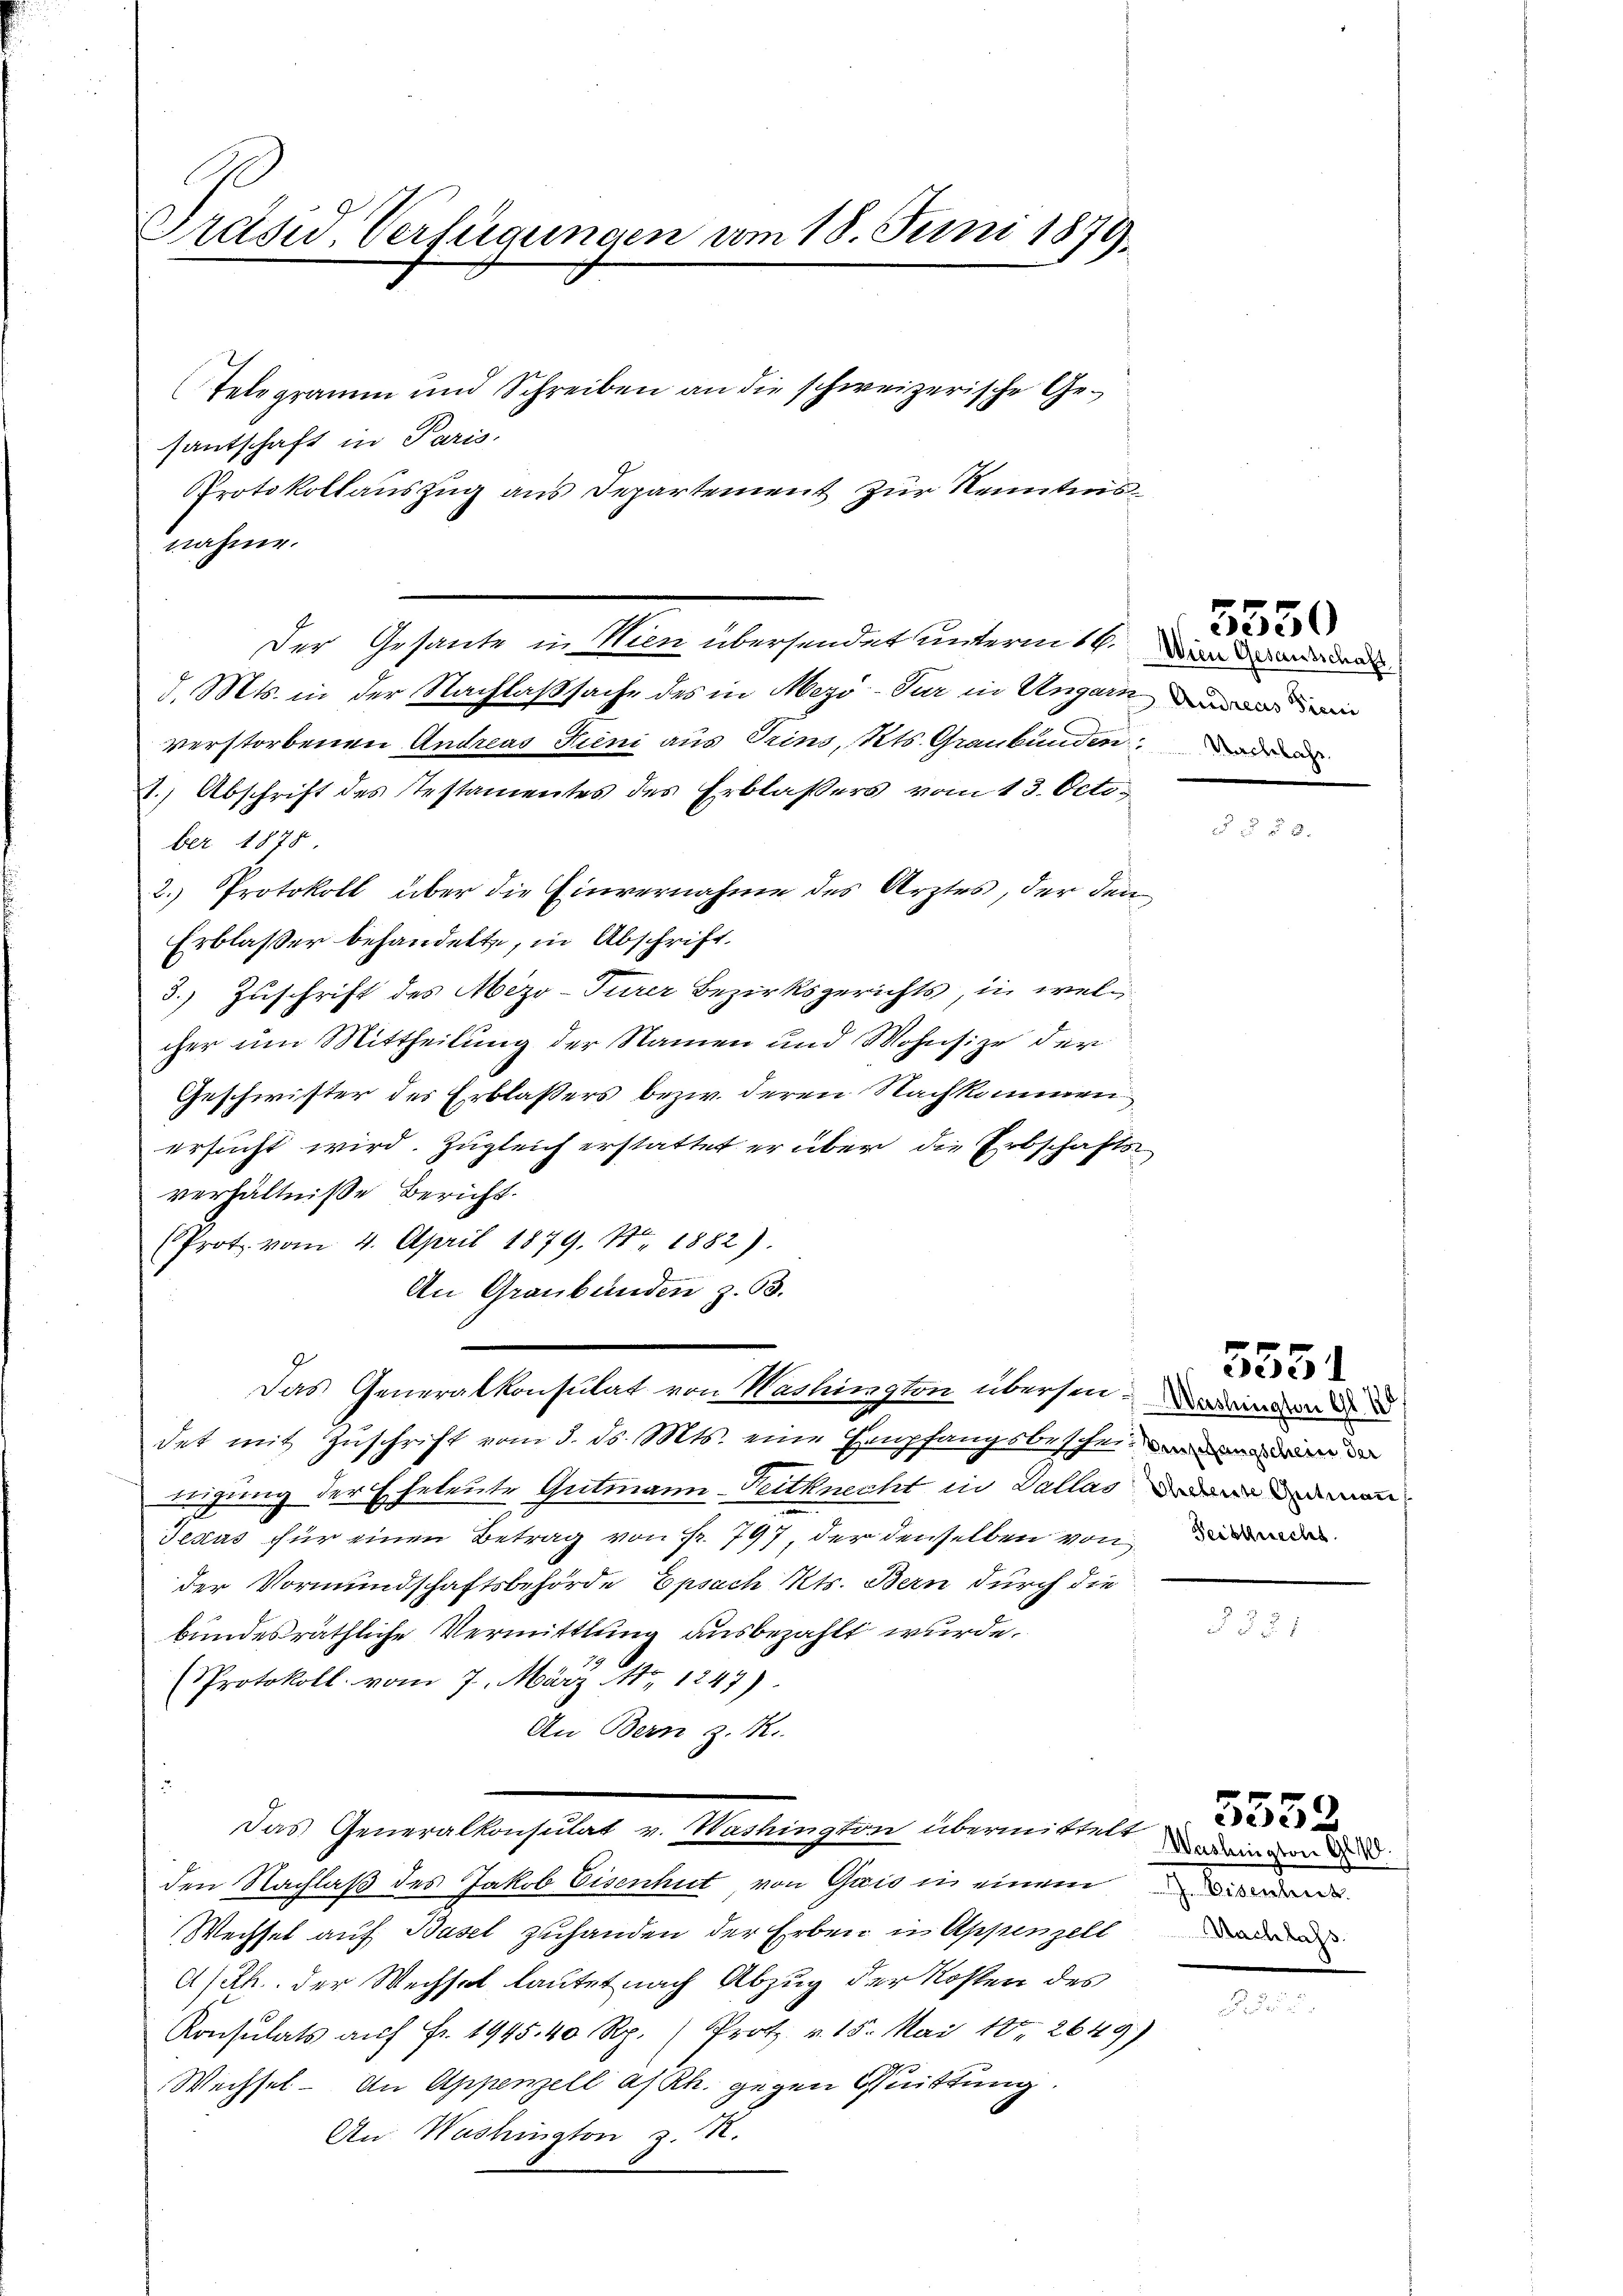
Präsid Verfügungen vom 18. Juni 1879.

Telegramm und Schreiben an die schweizerische Ge-
santschaft in Paris.
Protokollauszug aus Departement zur Kenntnisnahme.
Der Gesante in Wien übersendet unterm 14. Den das an den
d. Mts. in der Nachlaßsache des in Mezö-Tur in Ungarni
verstorbenen Andreas Kieni aus Trins, Kts. Graubünden
2.) Abschrift des Testamentes des Erblassers vom 13. October 1878
2. Protokoll über die Einvernahme des Arztes, der den
Erblasser behandelte, in Abschrift.
3.) Zuschrift des Mezo-Turer Bezirksgerichts, in welcher um Mittheilung der Namen und Wohnsize der
Geschwister des Erblassers bezw. deren Nachkommen
ersucht wird. Zugleich erstattet er über die Erbschaftsverhältniße Bericht.
(Prot vom 4. April 1879. No. 1882).
An Graubünden z. 63.
Das Generalkonsulat von Washington übersendenden
det mit Zuschrift vom 3. ds. Mts. eine Empfangsbescheidigung der Eheleute Gutmann-Teitknecht in Dallas an und man
Jesus für einen Betrag von S. 797, der denselben von der
der Vormundschaftsbehörde Epsach Kts. Bern durch die
bundesräthliche Vermittlung ausbezahlt wurde.
Protokoll vom 7. März  1247).
An Bern z. R.
Das Generalkonsulat v. Washington übermittelt
den Nachlaß des Jakob Eisenhut von Gais in einem
Wechsel auf Basel zuhanden der Erben in Appenzell
A/Rh. der Wechsel lautet nach Abzug der Kosten des
Konsulats auf Fr. 1945. 40 Rp. (Protz. v. 15. Mai 187. 2649)
Wechsel - An Appenzell a/Rh. gegen Quittung.
An Washington z. R.

5550

5551

Washington Ge
 Eisenheit.
Nachlass.

5552